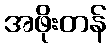
အဖိုးတန်